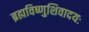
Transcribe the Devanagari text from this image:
ब्रह्मविष्णुशिवादयः